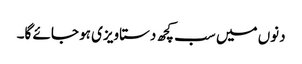
دنوں میں سب کچھ دستاویزی ہو جائے گا۔